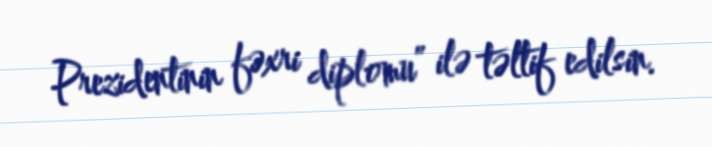
Prezidentinin fəxri diplomu” ilə təltif edilsin.